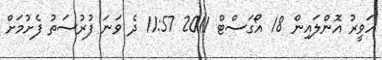
ހަވީރު އޮންލައިން 18 އޯގަސްޓް 2011 11:57 ދެ ވަނަ ފުރުސަތު ފެށުމަށް